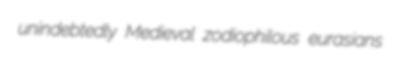
unindebtedly Medieval zodiophilous eurasians